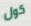
كول